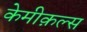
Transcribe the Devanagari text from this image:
केमीक़ल्स